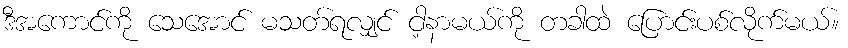
ဒီအကောင်ကို သေအောင် မသတ်ရလျှင် ငါ့နာမယ်ကို တခါထဲ ပြောင်းပစ်လိုက်မယ်။